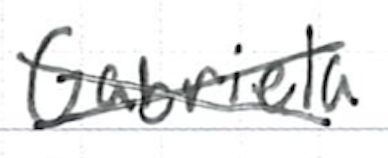
Text: Gabriela
Cross-out: cross
Writing tool: ballpoint